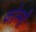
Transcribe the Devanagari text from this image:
कोम्मी